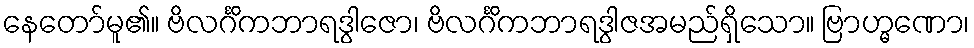
နေတော်မူ၏။ ဗိလင်္ဂိကဘာရဒွါဇော၊ ဗိလင်္ဂိကဘာရဒွါဇအမည်ရှိသော။ ဗြာဟ္မဏော၊